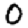
Digit: 0